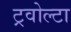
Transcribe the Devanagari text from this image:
ट्रवोल्टा